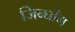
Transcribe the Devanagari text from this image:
जिन्घोंग